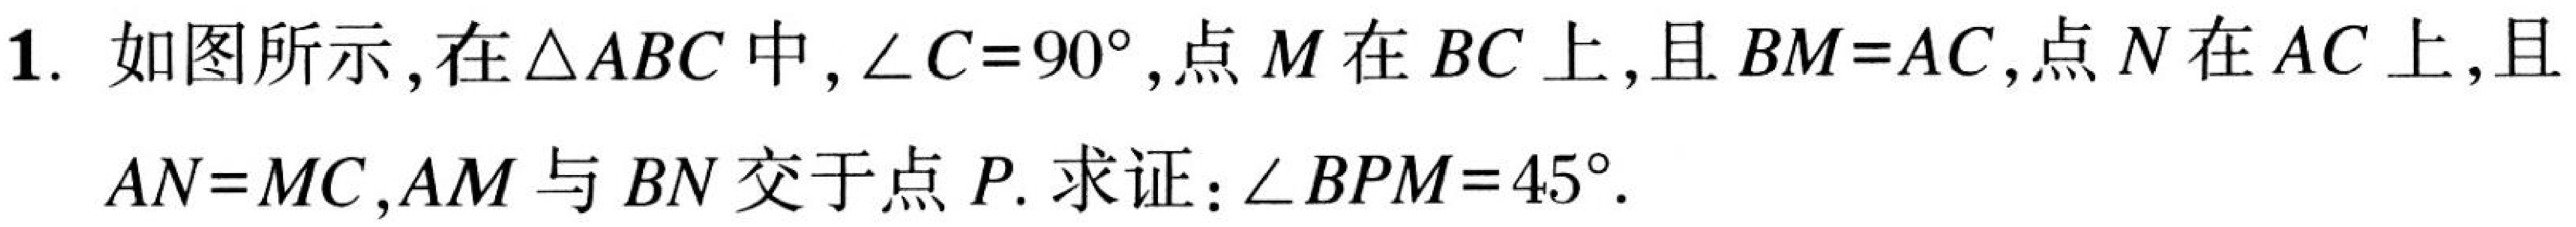
1. 如图所示，在\(\triangle ABC\)中，\(\angle C = 90^{\circ}\)，点\(M\)在\(BC\)上，且\(BM = AC\)，点\(N\)在\(AC\)上，且\(AN = MC\)，\(AM\)与\(BN\)交于点\(P\). 求证：\(\angle BPM = 45^{\circ}\).